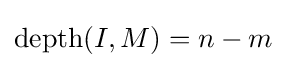
\operatorname {depth} (I,M)=n-m